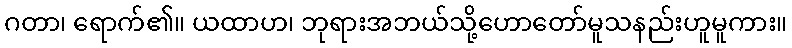
ဂတာ၊ ရောက်၏။ ယထာဟ၊ ဘုရားအဘယ်သို့ဟောတော်မူသနည်းဟူမူကား။